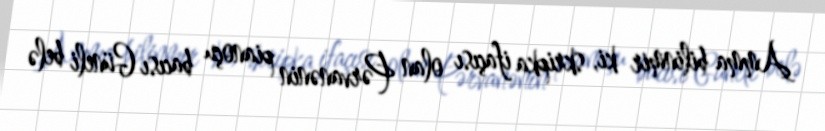
Amma bilinmir ki, skripka ifaçısı olan Pərvanənin pianoçu bacısı Güneli belə